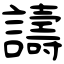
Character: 譸